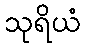
သုရိယံ